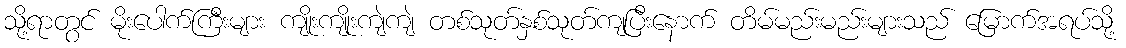
သို့ရာတွင် မိုးပေါက်ကြီးများ ကျိုးကျိုးကျဲကျဲ တစ်သုတ်နှစ်သုတ်ကျပြီးနောက် တိမ်မည်းမည်းများသည် မြောက်အရပ်သို့